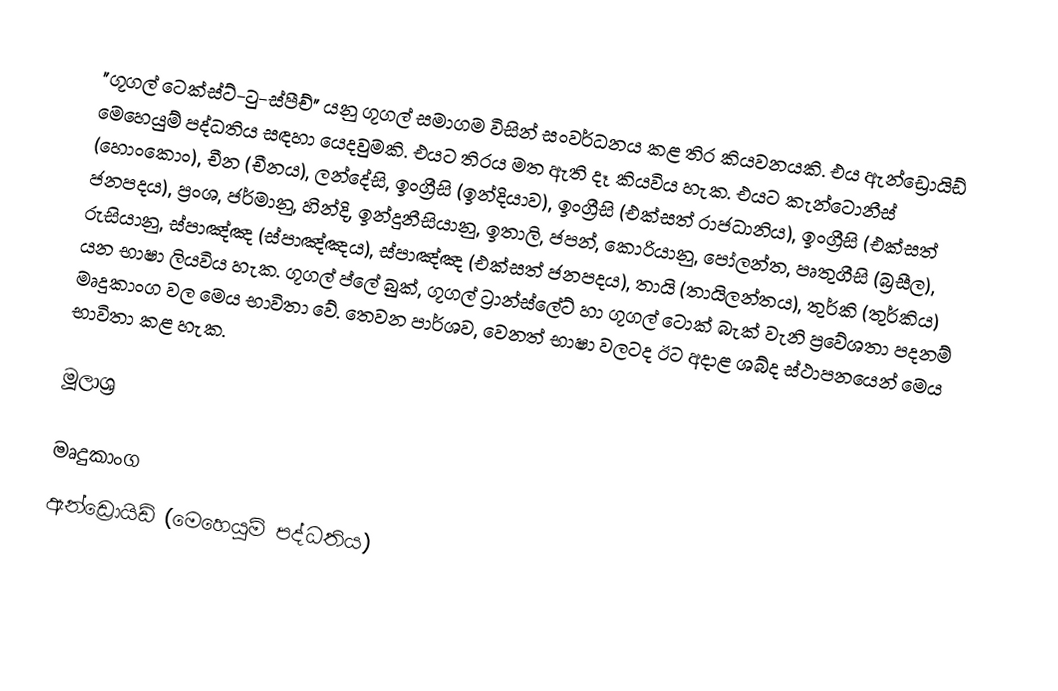
"ගූගල් ටෙක්ස්ට්-ටු-ස්පීච්" යනු ගූගල් සමාගම විසින් සංවර්ධනය කළ තිර කියවනයකි. එය  ඇන්ඩ්‍රොයිඩ් මෙහෙයුම් පද්ධතිය සඳහා යෙදවුමකි. එයට තිරය මත ඇති දෑ කියවිය හැක. එයට කැන්ටොනීස් (හොංකොං), චීන (චීනය), ලන්දේසි, ඉංග්‍රීසි (ඉන්දියාව), ඉංග්‍රීසි (එක්සත් රාජධානිය), ඉංග්‍රීසි (එක්සත් ජනපදය), ප්‍රංශ, ජර්මානු, හින්දි, ඉන්දුනීසියානු, ඉතාලි, ජපන්, කොරියානු, පෝලන්ත, පෘතුගීසි (බ්‍රසීල), රුසියානු, ස්පාඤ්ඤ (ස්පාඤ්ඤය), ස්පාඤ්ඤ (එක්සත් ජනපදය), තායි (තායිලන්තය), තුර්කි (තුර්කිය) යන භාෂා ලියවිය හැක. ගූගල් ප්ලේ බුක්, ගූගල් ට්‍රාන්ස්ලේට් හා ගූගල් ටොක් බැක් වැනි ප්‍රවේශතා පදනම් මෘදුකාංග වල මෙය භාවිතා වේ. තෙවන පාර්ශව, වෙනත් භාෂා වලටද ඊට අදාළ ශබ්ද ස්ථාපනයෙන් මෙය භාවිතා කළ හැක.

මූලාශ්‍ර

මෘදුකාංග
ඇන්ඩ්‍රොයිඩ් (මෙහෙයුම් පද්ධතිය)